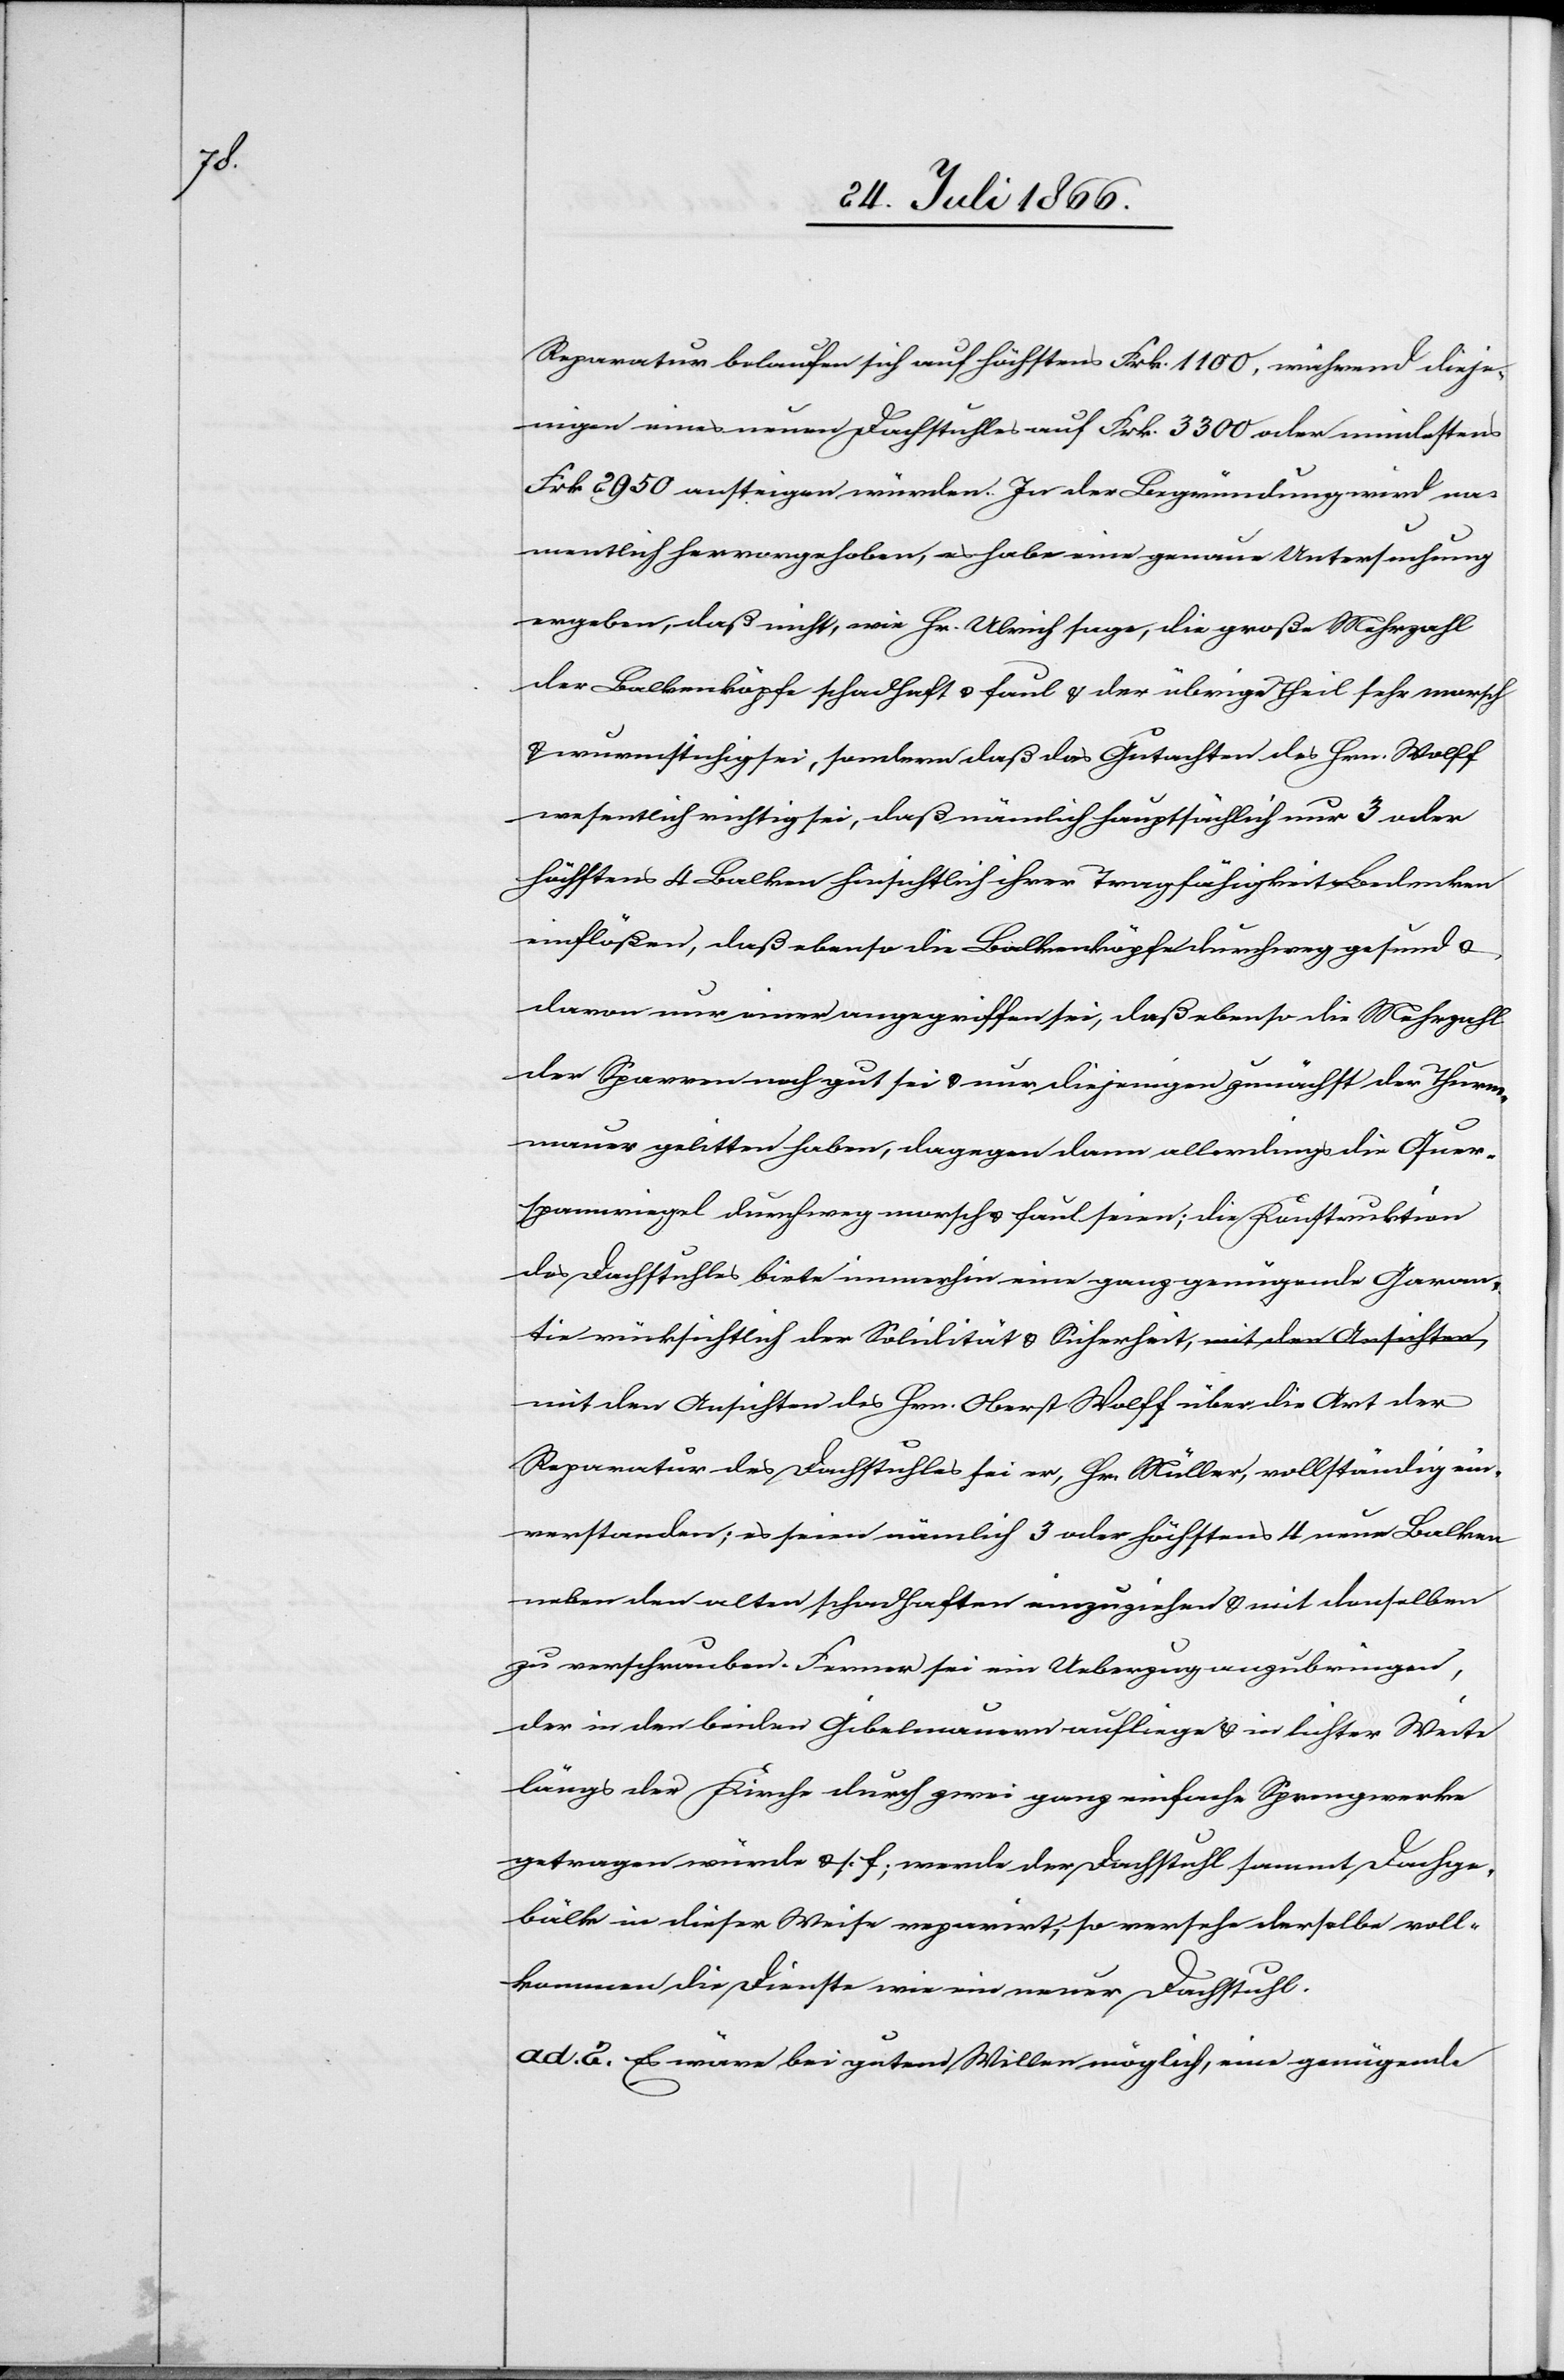
Hrn.

Reparatur belaufen sich auf höchstens Frk. 1100, während dieje¬
nigen eines neuen Dachstuhles auf Frk. 3300 oder mindestens
Frk. 2950 ansteigen würde. In der Begründung wird na¬
mentlich hervorgehoben, es habe eine genaue Untersuchung
ergeben, daß nicht, wie Hr. Ulrich sage, die große Mehrzahl
der Balkenköpfe schadhaft u. faul u. der übrige Theil sehr morsch
u. wurmstichig sei, sondern daß nämlich hauptsächlich nur 3 oder
höchstens 4 Balken hinsichtlich ihrer Tragfähigkeit Bedenken
einflößen, daß ebenso die Balkenköpfe durchweg gesund u.
davon nur einer angegriffen sei, daß ebenso die Mehrzahl
der Sparren noch gut sei u. nur diejenigen zunächst der Thurm¬
mauer gelitten haben, dagegen dann allerdings die Quer¬
spannriegel durchweg morsch u. faul seien; die Konstruktion
des Dachstuhles biete nunmehr eine ganz genügende Garan¬
tie rücksichtlich der Solidität u. Sicherheit, mit den Ansichten
Reparatur des Dachstuhles sei er, Hr. Müller, vollständig ein¬
verstanden; es seien nämlich 3 oder höchstens 4 neue Balken
neben den alten schadhaften einzuziehen u. mit denselben
zu verschrauben. Ferner sei ein Uebergang anzubringen,
der in den beiden Gibelmauern aufliege u. in lichter Weise
längs der Kirche durch zwei ganz einfache Sprengwerke
getragen würde u. s. f.; werde der Dachstuhl sammt Dachge¬
bälk in dieser Weise reparirt, so versehe derselbe voll¬
kommen die Dienste wie ein neuer Dachstuhl.
ad. 2. Es wäre bei gutem Willen möglich, eine genügende